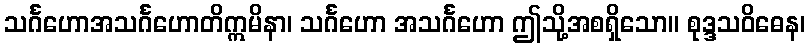
သင်္ဂဟောအသင်္ဂဟောတိဣမိနာ၊ သင်္ဂဟော အသင်္ဂဟော ဤသို့အစရှိသော။ စုဒ္ဒသဝိဓေန၊